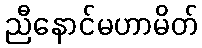
ညီနောင်မဟာမိတ်